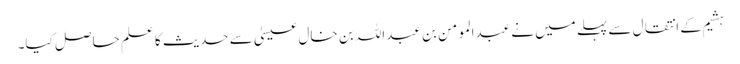
ہشیم کے انتقال سے پہلے میں نے عبدالمومن بن عبداللہ بن خال عیسیٰ سے حدیث کا علم حاصل کیا۔